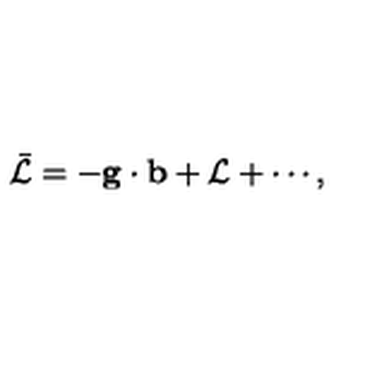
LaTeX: \bar { \cal L } = - { \bf g } \cdot { \bf b } + { \cal L } + \cdots ,